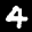
Label: 4